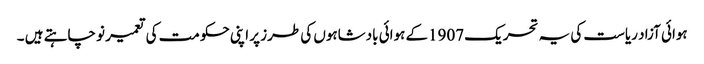
ہوائی آزاد ریاست کی یہ تحریک 1907کے ہوائی بادشاہوں کی طرز پر اپنی حکومت کی تعمیر نو چاہتے ہیں ۔